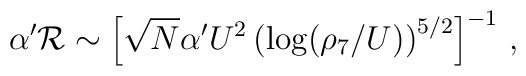
\alpha^\prime {\cal{R}} \sim \left[\sqrt{N}\alpha^\prime U^2\left(\log(\rho_7/U)\right)^{5/2} \right]^{-1} \,,